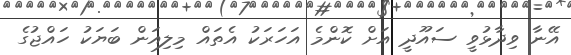
އޭނާ ވިދާޅުވީ ސައޫދީ އަށް ކޮންމެ އަހަރަކު އެތައް މިލިއަން ބަޔަކު ހައްޖުގެ